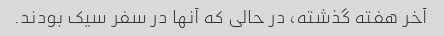
آخر هفته گذشته، در حالی که آنها در سفر سیک بودند.